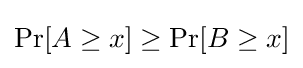
\Pr[A\geq x]\geq \Pr[B\geq x]